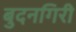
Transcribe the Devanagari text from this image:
बुदनगिरी